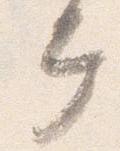
幸